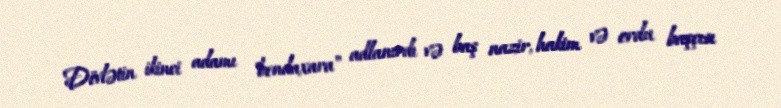
Dövlətin ikinci adamı "bendaxara" adlanırdı və baş nazir, hakim və ordu başçısı